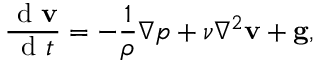
\frac { \mathrm { ~ d ~ } \mathbf { v } } { \mathrm { ~ d ~ } t } = - \frac { 1 } { \rho } \nabla p + \nu \nabla ^ { 2 } \mathbf { v } + \mathbf { g } ,